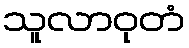
သူလာဝုတံ